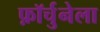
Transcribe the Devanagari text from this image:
फ़ॉर्चुनेला